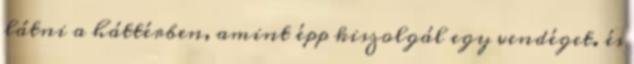
látni a háttérben, amint épp kiszolgál egy vendéget. és